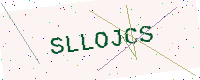
Text: SLLOJCS